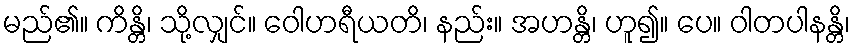
မည်၏။ ကိန္တိ၊ သို့လျှင်။ ဝေါဟရီယတိ၊ နည်း။ အဟန္တိ၊ ဟူ၍။ ပေ။ ဝါတပါနန္တိ၊